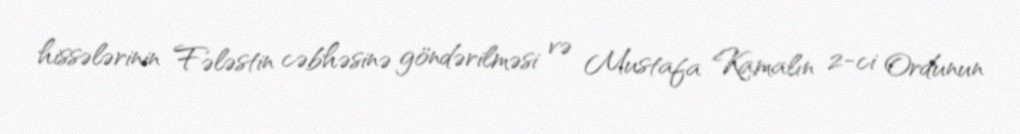
hissələrinin Fələstin cəbhəsinə göndərilməsi və Mustafa Kamalın 2-ci Ordunun